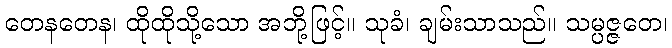
တေနတေန၊ ထိုထိုသို့သော အဘို့ဖြင့်။ သုခံ၊ ချမ်းသာသည်။ သမ္ပဇ္ဇတေ၊